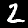
Digit: 2